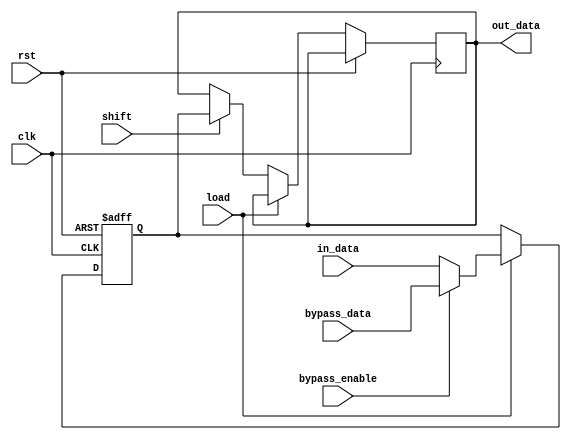
module bypass_register (
    input wire clk,
    input wire rst,
    input wire [7:0] in_data,
    input wire [7:0] bypass_data,
    input wire bypass_enable,
    input wire load,
    input wire shift,
    output reg [7:0] out_data
);

reg [7:0] register [0:1];

always @ (posedge clk or posedge rst) begin
    if (rst) begin
        register[0] <= 8'b0;
        register[1] <= 8'b0;
    end else if (load) begin
        if (bypass_enable) begin
            register[0] <= bypass_data;
        end else begin
            register[0] <= in_data;
        end
    end else if (shift) begin
        register[1] <= register[0];
        out_data <= register[0];
    end
end

endmodule